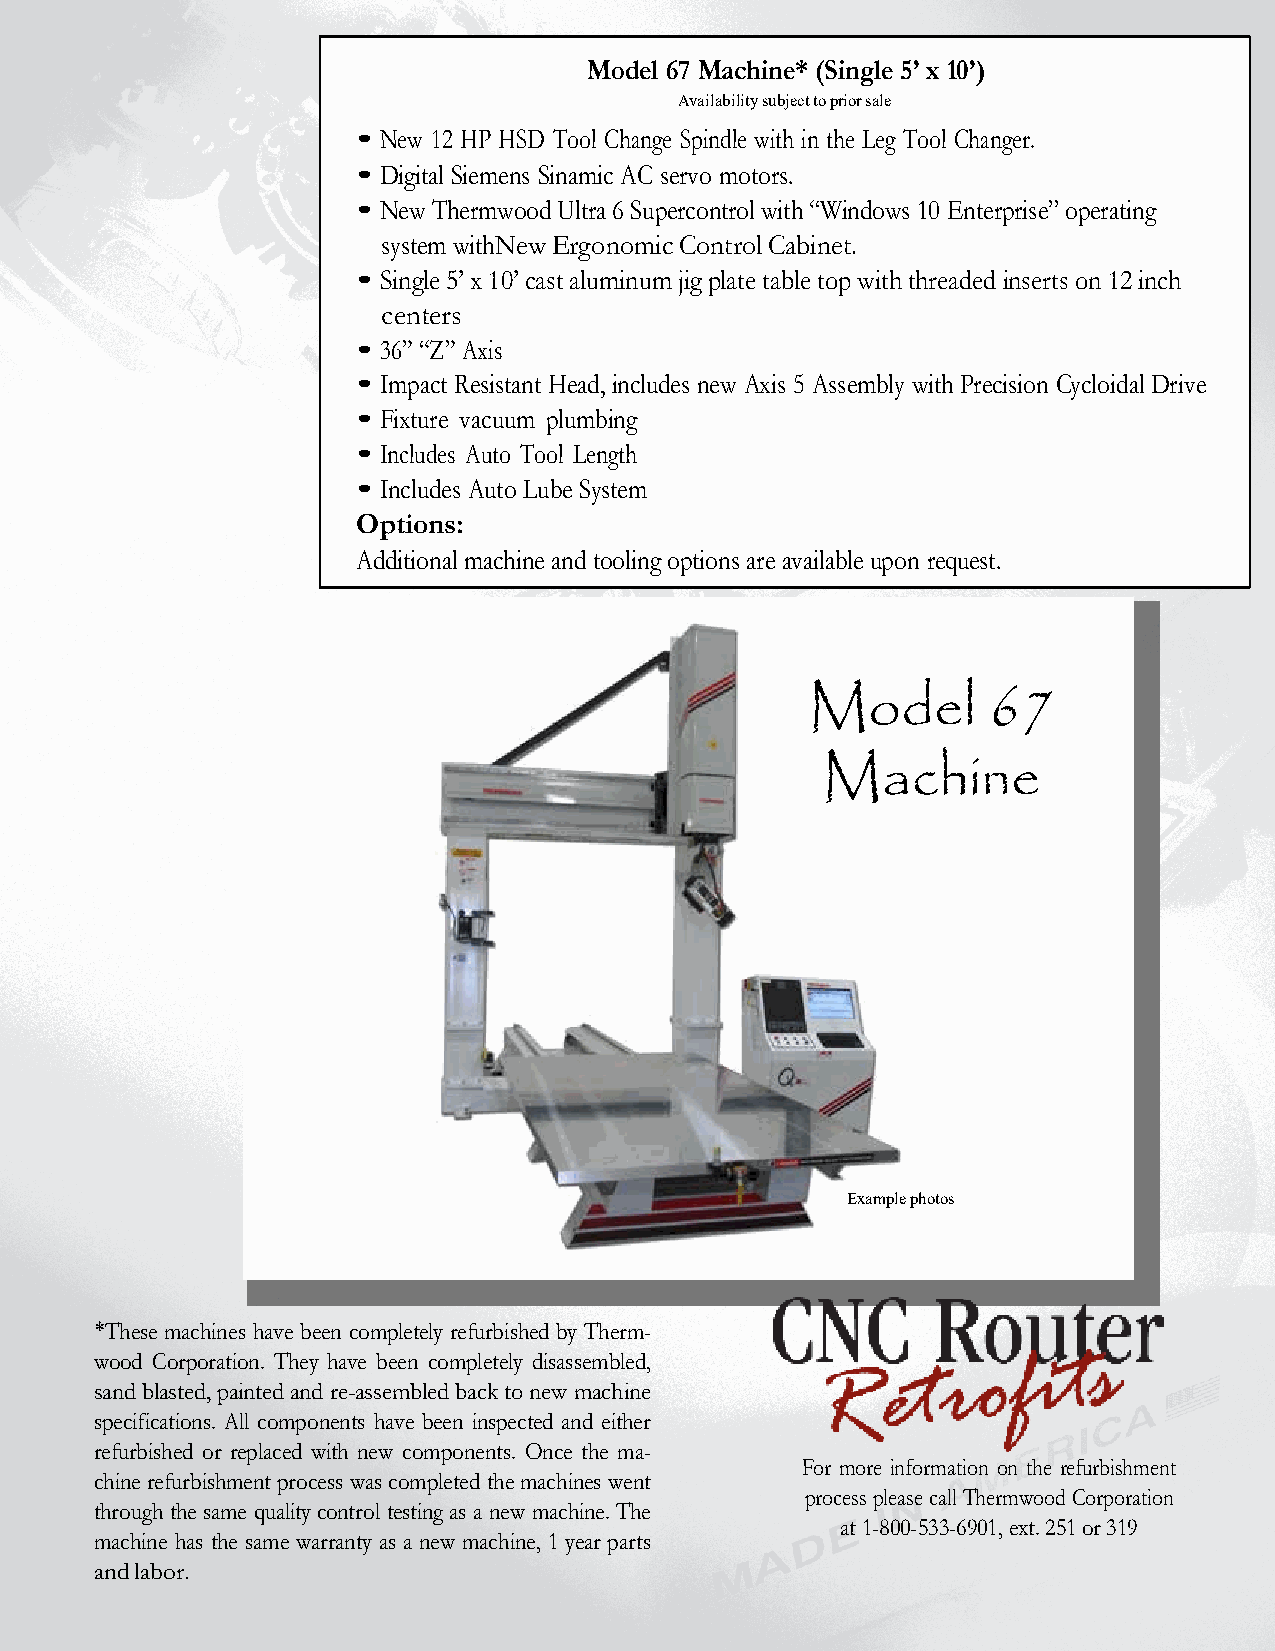
Model 67 Machine* (Single 5’ x 10’)
 Availability subject to prior sale
 • New 12 HP HSD Tool Change Spindle with in the Leg Tool Changer.
 • Digital Siemens Sinamic AC servo motors.
 • New Thermwood Ultra 6 Supercontrol with “Windows 10 Enterprise” operating
 system with New Ergonomic Control Cabinet.
 • Single 5’ x 10’ cast aluminum jig plate table top with threaded inserts on 12 inch
 centers
 • 36” “Z” Axis
 • Impact Resistant Head, includes new Axis 5 Assembly with Precision Cycloidal Drive
 • Fixture vacuum plumbing
 • Includes Auto Tool Length
 • Includes Auto Lube System
 Options:
 Additional machine and tooling options are available upon request.
 Model      67
 Machine
 Example photos
 *These machines have been completely refurbished by Therm-
 wood Corporation. They have been completely disassembled,
 sand blasted, painted and re-assembled back to new machine
 specifications. All components have been inspected and either
 refurbished or replaced with new components. Once the ma-
 For more information on the refurbishment
 chine refurbishment process was completed the machines went
 process please call Thermwood Corporation
 through the same quality control testing as a new machine. The
 at 1-800-533-6901, ext. 251 or 319
 machine has the same warranty as a new machine, 1 year parts
 and labor.